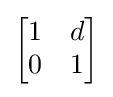
{\begin{bmatrix}1&d\\0&1\end{bmatrix}}